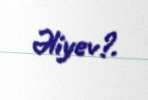
Əliyev?.